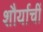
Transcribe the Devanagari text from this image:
शौर्याचीं